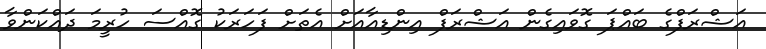
އަޝްރަފްގެ ބައްޕަ ގޮވައިގެން އަޝްރަފް އިންޑިއާއަށް އެތަށް ފަހަރަކު ގޮއްސަ ހުރީމަ ދައްކަންވާ